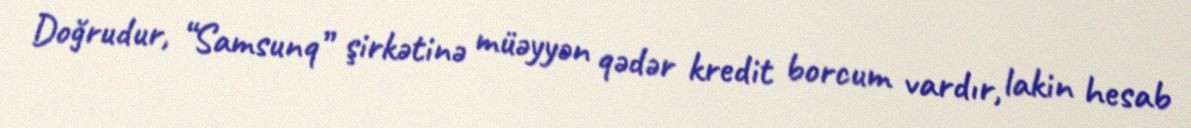
Doğrudur, “Samsunq” şirkətinə müəyyən qədər kredit borcum vardır, lakin hesab